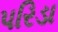
પરિડા